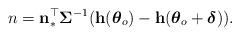
LaTeX: \begin{align*}n=\mathbf{n}_\ast^\top\boldsymbol{\Sigma}^{-1}(\mathbf{h}(\boldsymbol{\theta}_o)-\mathbf{h}(\boldsymbol{\theta}_o+\boldsymbol{\delta})).\end{align*}